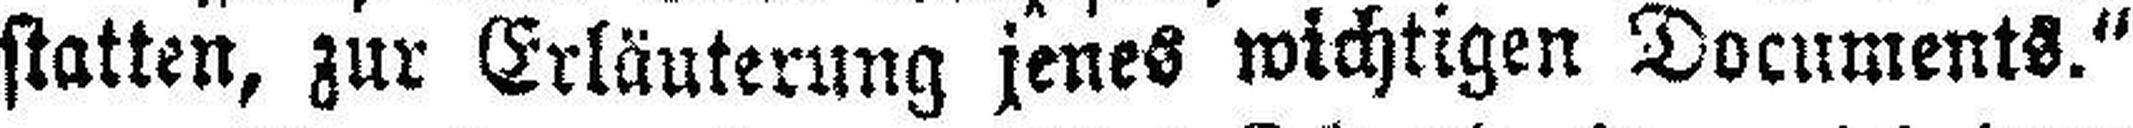
statten, zur Erläuterung jenes wichtigen Documents.“